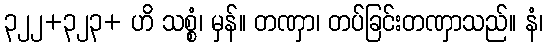
၃၂၂+၃၂၃+ ဟိ သစ္စံ၊ မှန်။ တဏှာ၊ တပ်ခြင်းတဏှာသည်။ နံ၊